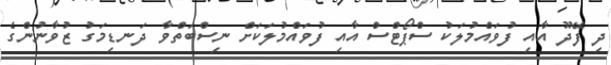
ދި ފޭދޫ އާއި ފުވައްމުލަކު ސްޕޯޓްސް އާއި ފުވައްމުލަކަށް ނިސްބަތްވާ ދަނޑިމަގު ޒުވާނުންގެ